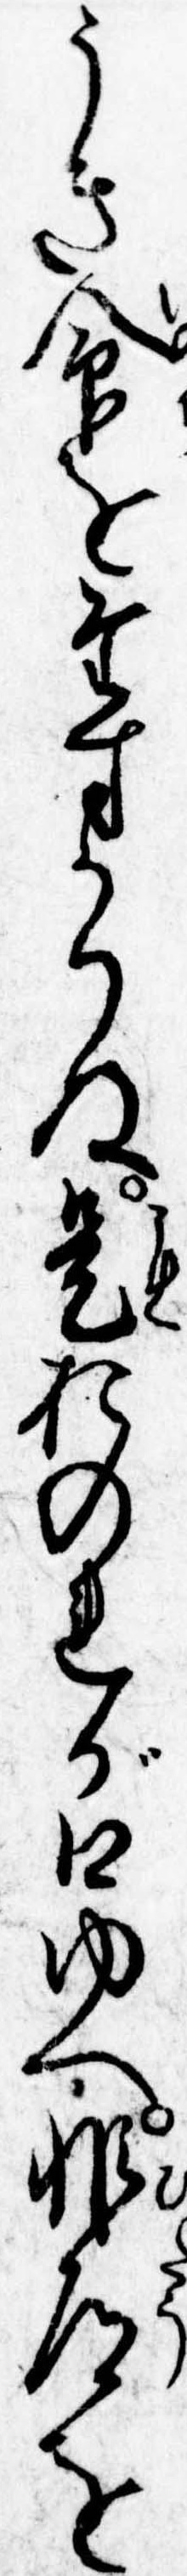
うき命をたすかりぬ是おのれが口ゆへ非道を